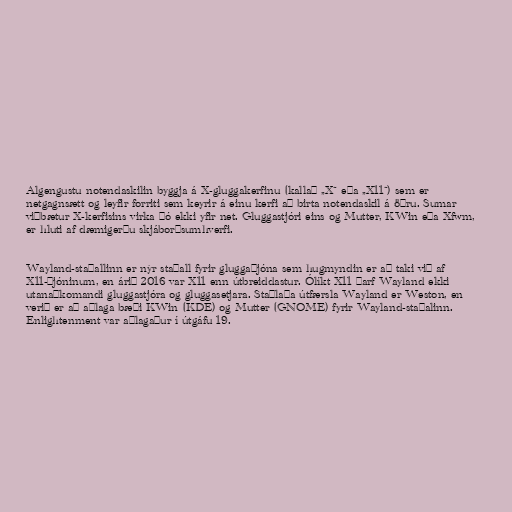
Algengustu notendaskilin byggja á X-gluggakerfinu (kallað „X“ eða „X11“) sem er
netgagnsætt og leyfir forriti sem keyrir á einu kerfi að birta notendaskil á öðru. Sumar
viðbætur X-kerfisins virka þó ekki yfir net. Gluggastjóri eins og Mutter, KWin eða Xfwm,
er hluti af dæmigerðu skjáborðsumhverfi.

Wayland-staðallinn er nýr staðall fyrir gluggaþjóna sem hugmyndin er að taki við af
X11-þjóninum, en árið 2016 var X11 enn útbreiddastur. Ólíkt X11 þarf Wayland ekki
utanaðkomandi gluggastjóra og gluggasetjara. Staðlaða útfærsla Wayland er Weston, en
verið er að aðlaga bæði KWin (KDE) og Mutter (GNOME) fyrir Wayland-staðalinn.
Enlightenment var aðlagaður í útgáfu 19.